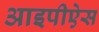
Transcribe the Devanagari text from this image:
आइपीऐस